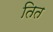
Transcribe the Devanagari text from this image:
तित